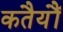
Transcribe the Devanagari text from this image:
कतैयौं